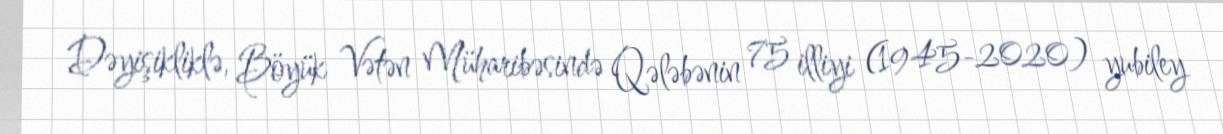
Dəyişikliklə, Böyük Vətən Müharibəsində Qələbənin 75 illiyi (1945-2020) yubiley